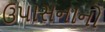
ઉપાસનાનો